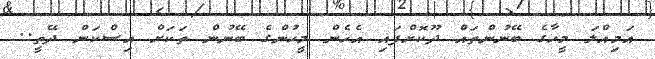
އަމިއްލަ މީހާގެ ބޭނުންތައް ދޫކޮށްފައި އެހެން މީހުންގެ ބޭނުން ތަކަށް އިސްކަން ދޭތީ..